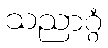
သညာဂ္ဂံ